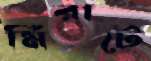
মিরাটে